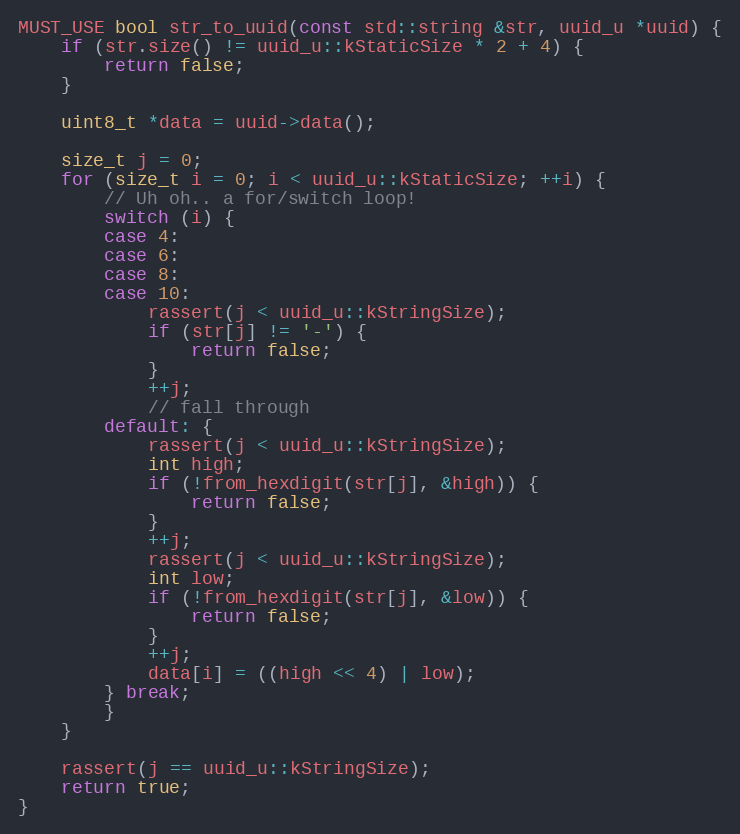
Language: C++
MUST_USE bool str_to_uuid(const std::string &str, uuid_u *uuid) {
    if (str.size() != uuid_u::kStaticSize * 2 + 4) {
        return false;
    }

    uint8_t *data = uuid->data();

    size_t j = 0;
    for (size_t i = 0; i < uuid_u::kStaticSize; ++i) {
        // Uh oh.. a for/switch loop!
        switch (i) {
        case 4:
        case 6:
        case 8:
        case 10:
            rassert(j < uuid_u::kStringSize);
            if (str[j] != '-') {
                return false;
            }
            ++j;
            // fall through
        default: {
            rassert(j < uuid_u::kStringSize);
            int high;
            if (!from_hexdigit(str[j], &high)) {
                return false;
            }
            ++j;
            rassert(j < uuid_u::kStringSize);
            int low;
            if (!from_hexdigit(str[j], &low)) {
                return false;
            }
            ++j;
            data[i] = ((high << 4) | low);
        } break;
        }
    }

    rassert(j == uuid_u::kStringSize);
    return true;
}